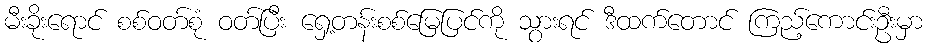
မီးခိုးရောင် စစ်ဝတ်စုံ ဝတ်ပြီး ရှေ့တန်းစစ်မြေပြင်ကို သွားရင် ဒီထက်တောင် ကြည့်ကောင်းဦးမှာ